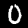
Label: 0